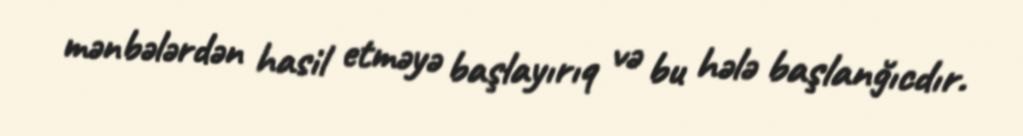
mənbələrdən hasil etməyə başlayırıq və bu hələ başlanğıcdır.